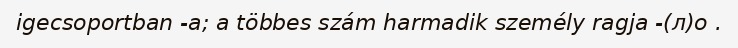
igecsoportban -a; a többes szám harmadik személy ragja -(л)о .